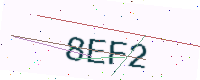
Text: 8EF2